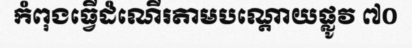
កំពុងធ្វើដំណើរតាមបណ្តោយផ្លូវ ៧០